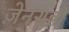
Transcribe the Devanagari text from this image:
ज़ेनसुन्नी